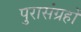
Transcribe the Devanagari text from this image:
पुरासंग्रहों